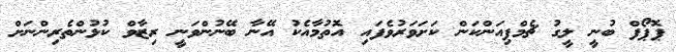
ޕޮޕޯފް ބުނީ ލީގު ޗެމްޕިއަންކަން ކަށަވަރުވެފައި އޮތުމާއެކު އޭނާ ބޭނުންވަނީ ރިޒާވް ކުޅުންތެރިންނަށް